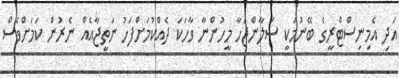
އަދި އެމިނިސްޓްރީގެ ބޭނުމަކީ ސަލާންޖަހާ މީހުންނާ ވާހަކަ ދެއްކުމަށްފަހު ނަތީޖާއެއް ނެރުން ކަމަށްވެސް